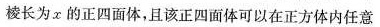
棱长为x的正四面体，且该正四面体可以在正方体内任意